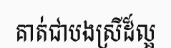
គាត់ជាបងស្រីដ៏ល្អ